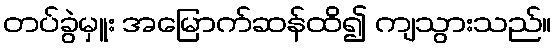
တပ်ခွဲမှူး အမြောက်ဆန်ထိ၍ ကျသွားသည်။